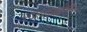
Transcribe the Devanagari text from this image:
स्थापत्यकारांनी